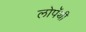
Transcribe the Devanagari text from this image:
लोपॅथी